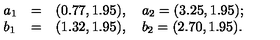
\left. \begin{array} { l l l } { a _ { 1 } } & { = } & { ( 0 . 7 7 , 1 . 9 5 ) , \quad a _ { 2 } = ( 3 . 2 5 , 1 . 9 5 ) ; } \\ { b _ { 1 } } & { = } & { ( 1 . 3 2 , 1 . 9 5 ) , \quad b _ { 2 } = ( 2 . 7 0 , 1 . 9 5 ) . } \\ \end{array} \right.